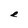
Character: e